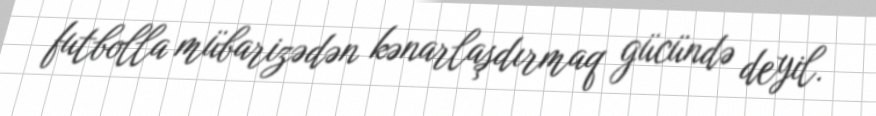
futbolla mübarizədən kənarlaşdırmaq gücündə deyil.